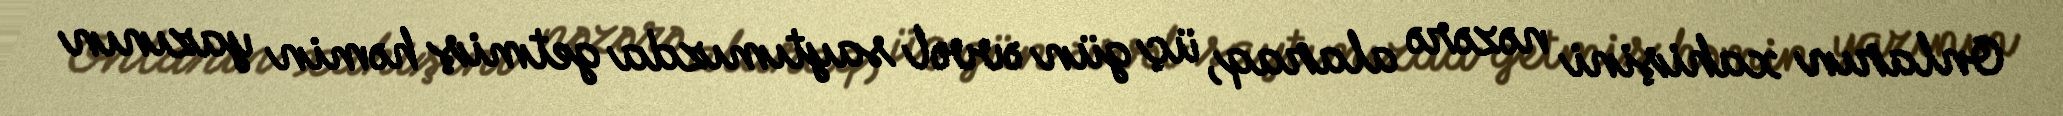
Onların xahişini nəzərə alaraq, üç gün əvvəl saytımızda getmiş həmin yazının